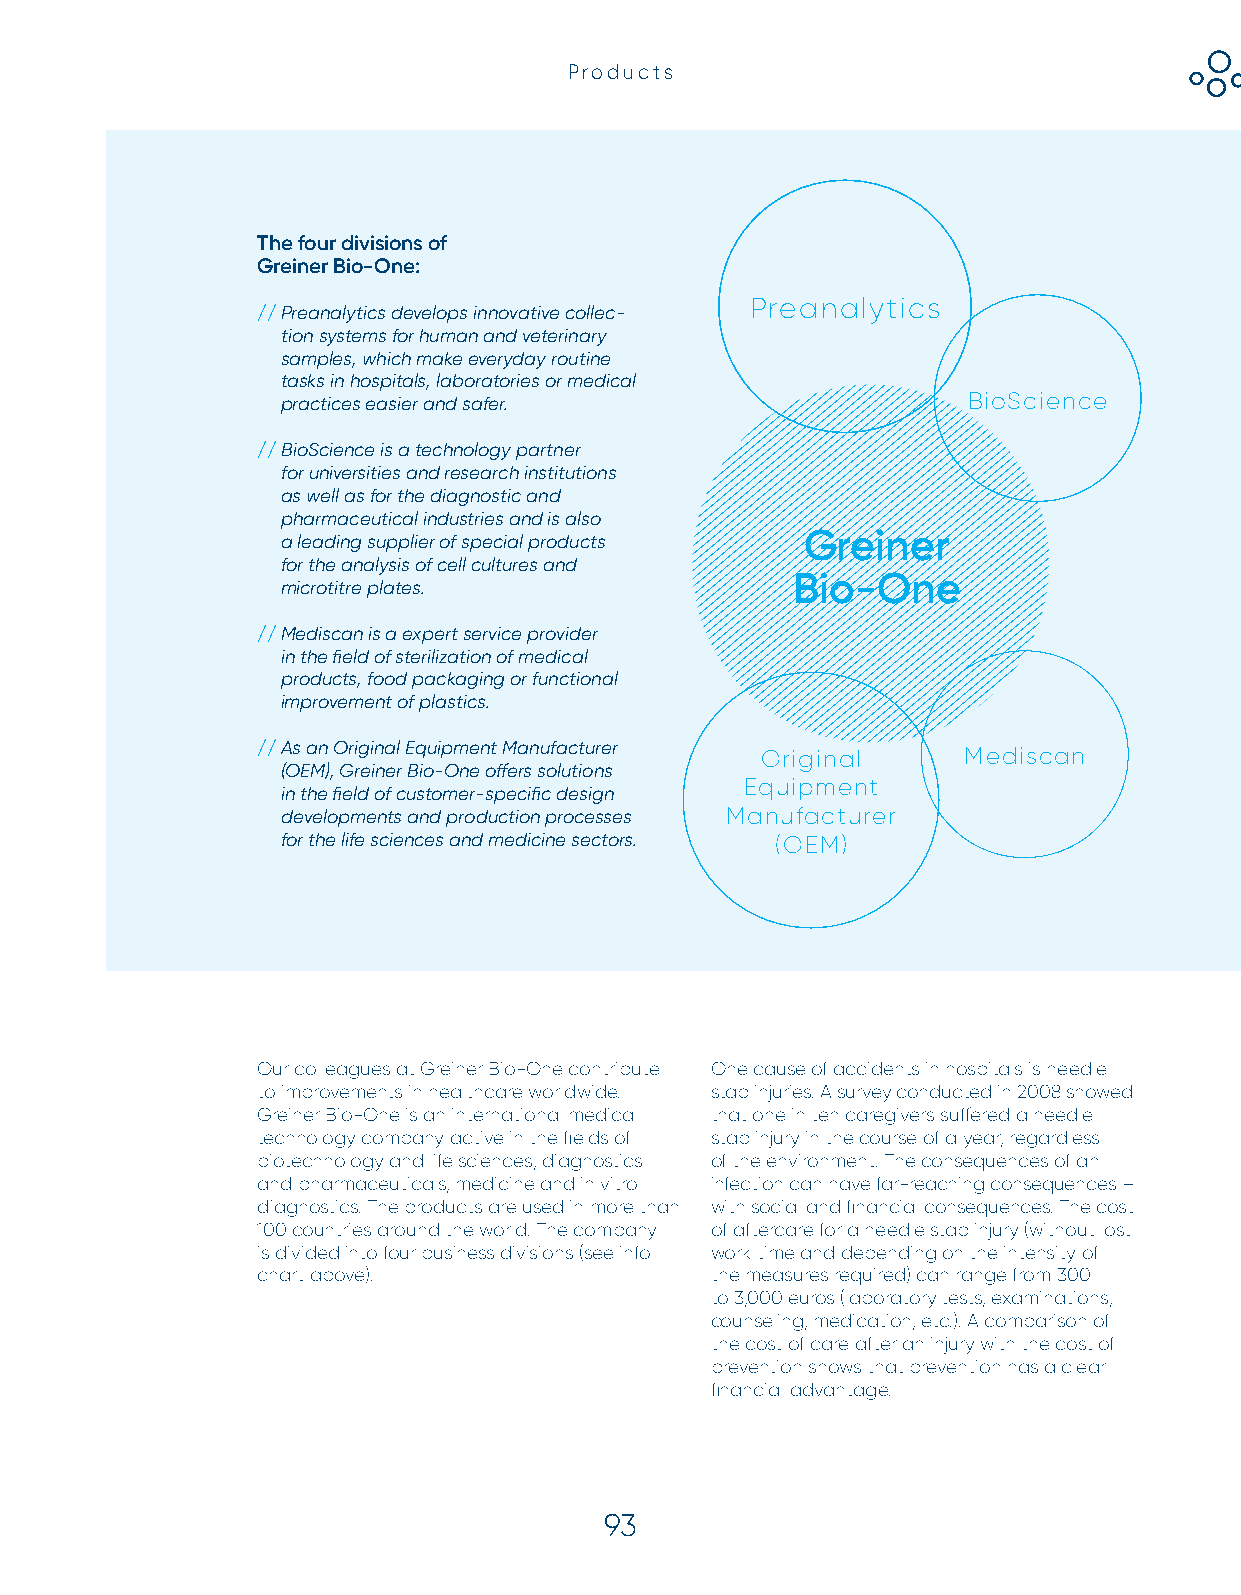
Products
 The four divisions of
 Greiner Bio-One:
 Preanalytics
 // P reanalytics develops innovative collec-
 Greiner Bio-One.
 tion systems for human and veterinary
 samples, which make everyday routine
 tasks in hospitals, laboratories or medical
 practices easier and safer.                  BioScience
 Your Power for Health.
 // B ioScience is a technology partner
 for universities and research institutions
 as well as for the diagnostic and
 pharmaceutical industries and is also
 a leading supplier of special products Greiner
 for the analysis of cell cultures and
 Bio-One
 microtitre plates.
 // M ediscan is a expert service provider
 in the field of sterilization of medical
 products, food packaging or functional
 improvement of plastics.
 // A s an Original Equipment Manufacturer Original Mediscan
 (OEM), Greiner Bio-One offers solutions
 Equipment
 in the field of customer-specific design
 developments and production processes Manufacturer
 for the life sciences and medicine sectors. (OEM)
 Our colleagues at Greiner Bio-One contribute One cause of accidents in hospitals is needle
 to improvements in healthcare worldwide. stab injuries. A survey conducted in 2008 showed
 Greiner Bio-One is an international medical that one in ten caregivers suffered a needle
 technology company active in the fields of stab injury in the course of a year, regardless
 biotechnology and life sciences, diagnostics of the environment. The consequences of an
 and pharmaceuticals, medicine and in vitro infection can have far-reaching consequences –
 diagnostics. The products are used in more than with social and financial consequences. The cost
 100 countries around the world. The company of aftercare for a needle stab injury (without lost
 is divided into four business divisions (see info work time and depending on the intensity of
 chart above).                 the measures required) can range from 300
 to 3,000 euros (laboratory tests, examinations,
 counseling, medication, etc.). A comparison of
 the cost of care after an injury with the cost of
 prevention shows that prevention has a clear
 financial advantage.
 93